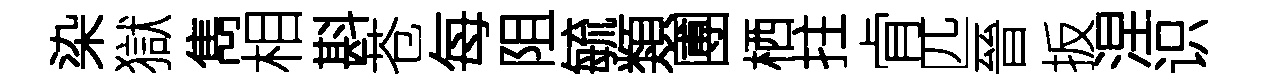
染獄雋相斟苍每阻毓類圑栖拄肻匹晉扳涅识